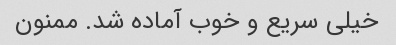
خیلی سریع و خوب آماده شد. ممنون